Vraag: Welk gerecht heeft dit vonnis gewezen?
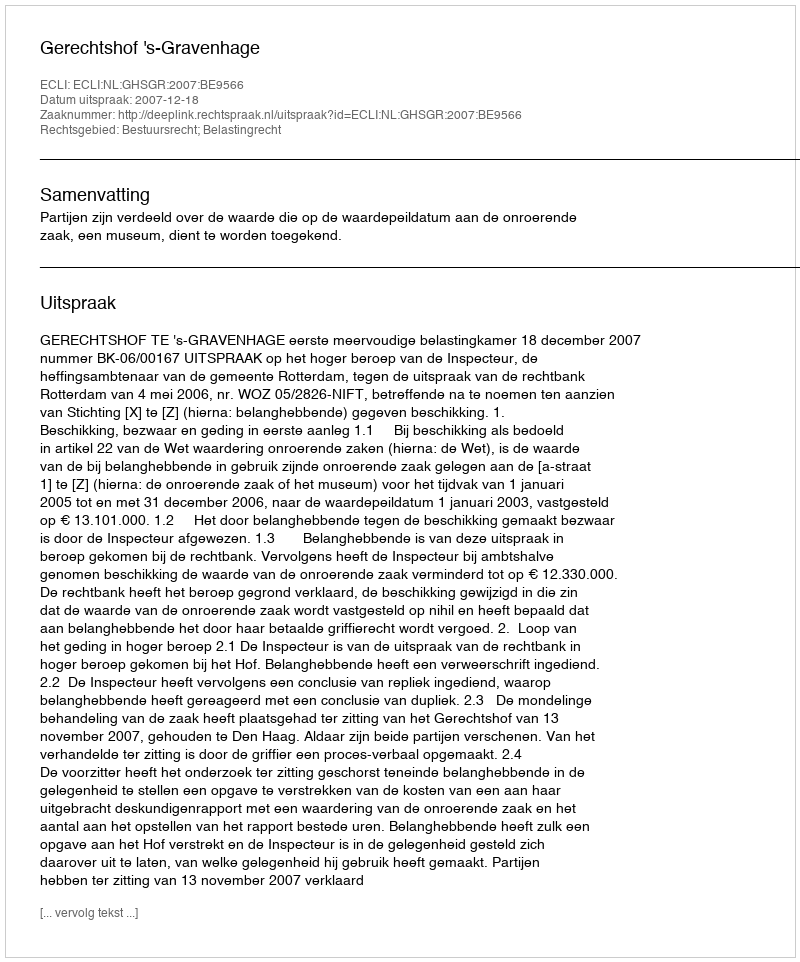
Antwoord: Gerechtshof 's-Gravenhage